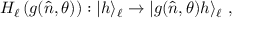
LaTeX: H _ { \ell } \left( g ( \hat { n } , \theta ) \right) : | h \rangle _ { \ell } \to | g ( \hat { n } , \theta ) h \rangle _ { \ell } ~ ,